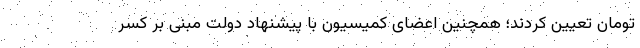
تومان تعیین کردند؛ همچنین اعضای کمیسیون با پیشنهاد دولت مبنی بر کسر